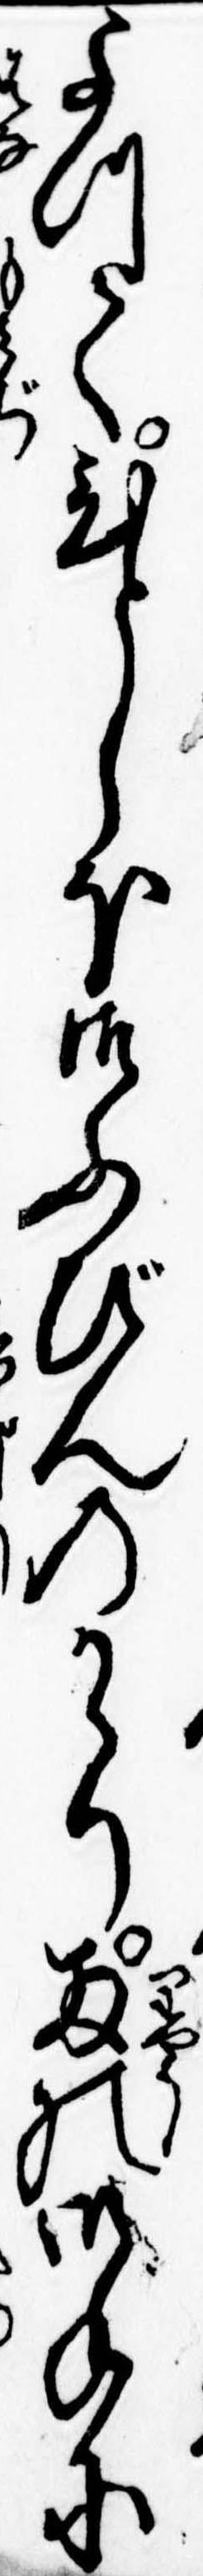
よつてひとしほ御ふびんのかゝり両の御手に